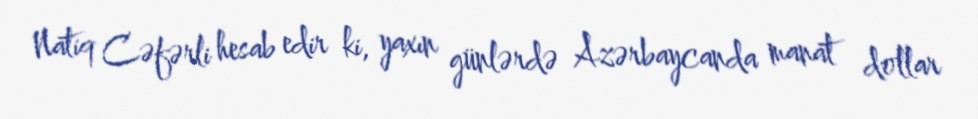
Natiq Cəfərli hesab edir ki, yaxın günlərdə Azərbaycanda manat dollar